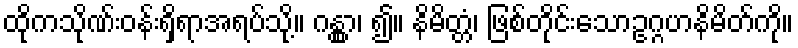
ထိုကသိုဏ်းဝန်းရှိရာအရပ်သို့။ ဂန္တွာ၊ ၍။ နိမိတ္တံ၊ ဖြစ်တိုင်းသောဥဂ္ဂဟနိမိတ်ကို။